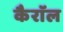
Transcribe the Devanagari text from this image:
कैराॅल